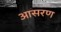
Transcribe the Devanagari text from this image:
आसरण